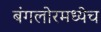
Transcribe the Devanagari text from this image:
बंगलोरमध्येच